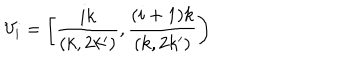
V _ { i } = \left[ \frac { i k } { ( k , 2 k ^ { \prime } ) } , \frac { ( i + 1 ) k } { ( k , 2 k ^ { \prime } ) } \right)